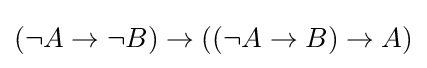
(\neg A\to \neg B)\to ((\neg A\to B)\to A)